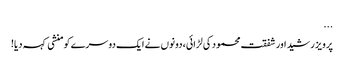
...
پرویز رشید اور شفقت محمود کی لڑائی، دونوں نے ایک دوسرے کو منشی کہہ دیا!